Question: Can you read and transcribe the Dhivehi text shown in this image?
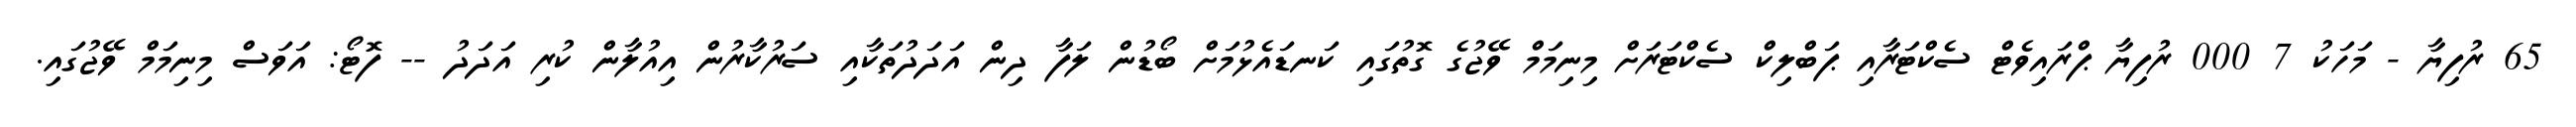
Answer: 65 ރުފިޔާ - މަހަކު 7 000 ރުފިޔާ ޕްރައިވެޓް ސެކްޓަރާއި ޕަބްލިކް ސެކްޓަރަށް މިނިމަމް ވޭޖުގެ ގޮތުގައި ކަނޑައެޅުމަށް ބޯޑުން ލަފާ ދިން އަދަދުތަކާއި ސަރުކާރުން އިއުލާން ކުރި އަދަދު -- ފޮޓޯ: އަވަސް މިނިމަމް ވޭޖުގައި.